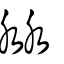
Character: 沝